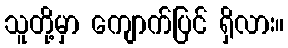
သူတို့မှာ ကျောက်ပြင် ရှိလား။